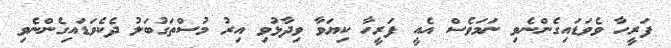
ފަރީހާ ވެވަޑައިގެންނެވި ނަމަވެސް އެއީ ފަރީހާ ކިޔަވާ ވިދާޅުވި އިރު މުސްތަގުބަލު ދެކެވަޑައިގެންނެވި